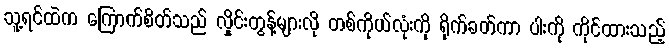
သူ့ရင်ထဲက ကြောက်စိတ်သည် လှိုင်းတွန့်များလို တစ်ကိုယ်လုံးကို ရိုက်ခတ်ကာ ပါးကို ကိုင်ထားသည့်